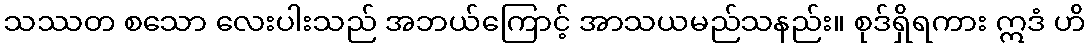
သဿတ စသော လေးပါးသည် အဘယ်ကြောင့် အာသယမည်သနည်း။ စုဒ်ရှိရကား ဣဒံ ဟိ